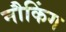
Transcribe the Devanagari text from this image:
नौकिंग